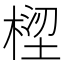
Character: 𣕝